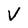
Character: V